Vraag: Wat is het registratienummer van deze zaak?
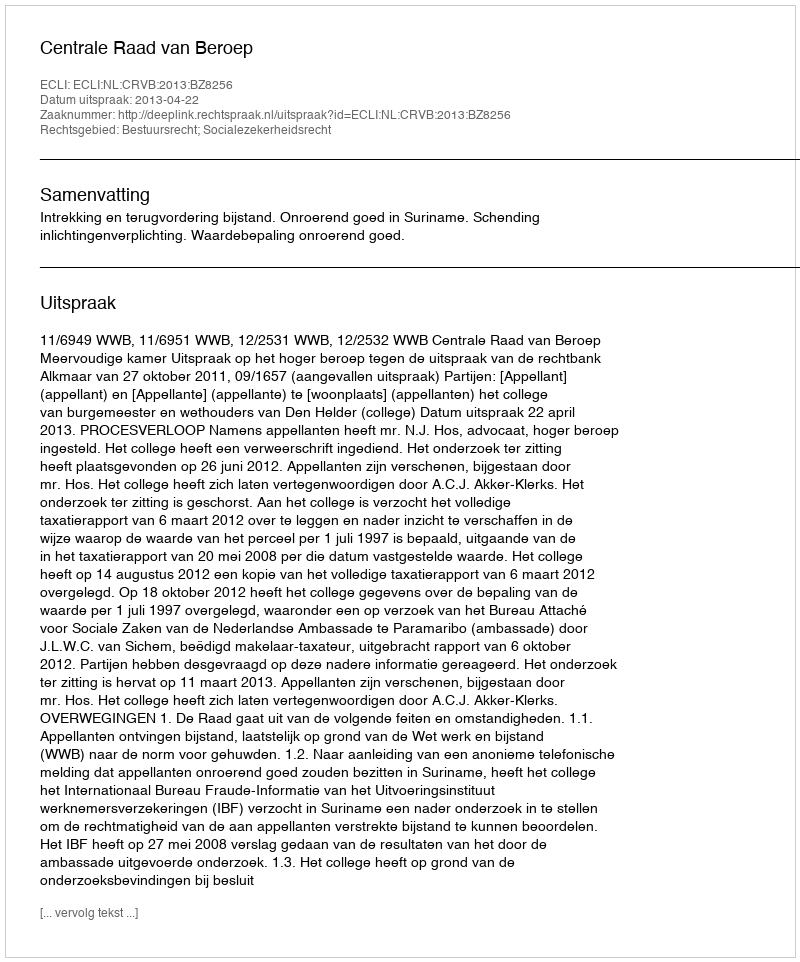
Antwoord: http://deeplink.rechtspraak.nl/uitspraak?id=ECLI:NL:CRVB:2013:BZ8256